Vaccination in Bombay 1874-1876 - 1874-1876
Year: 1874
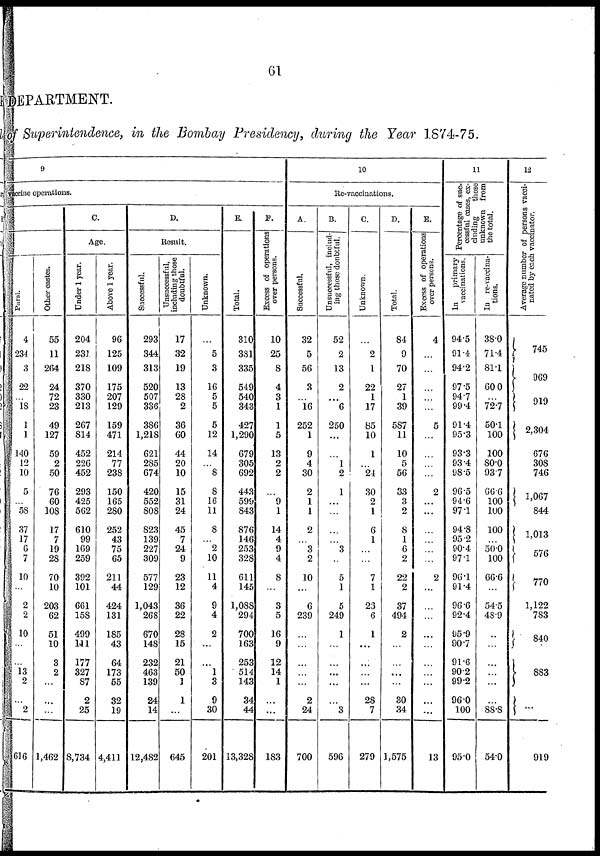
61
DEPARTMENT.
of Superintendence, in the Bombay Presidency, during the Year 1874-75.
9
vaccine operations.
Parsi.
4
234
3
22
...
18
1
1
140
12
10
5
...
58
37
17
6
7
10
...
2
2
10
...
...
13
2
...
2
616
Other castes.
55
11
264
24
72
23
49
127
59
2
50
76
60
108
17
7
19
28
70
10
203
62
51
10
3
2
...
...
...
1,462
C.
Age.
Under 1 year.
204
231
218S
370
330
213
267
814
452
226
452
293
425
562
610
99
169
259
392
101
661
158
499
111
177
327
87
2
25
8,734
Above 1 year.
96
125
109
175
207
129
159
471
214
77
238
150
165
280
252
43
75
65
211
44
424
131
185
43
64
173
55
32
19
4,411
D.
Result.
Successful.
293
344
313
520
507
336
386
1,218
621
285
674
420
552
808
823
139
227
309
577
129
1,043
268
670
148
232
463
139
24
14
12,482
Unsuccessful,
including those
doubtful.
17
32
19
13
28
2
36
60
44
20
10
15
31
24
45
7
24
9
23
12
36
22
28
15
21
50
1
1
...
645
Unknown.
...
5
3
16
5
5
5
12
14
...
8
8
16
11
8
...
2
10
11
4
9
4
2
...
...
1
3
9
30
201
E.
Total.
310
381
335
549
540
343
427
1,290
679
305
692
443
599
843
876
146
253
328
611
145
1,088
294
700
163
253
514
143
34
44
13,328
F.
Excess of operations
over persons.
10
25
8
4
3
1
1
5
13
2
2
...
9
1
14
4
9
4
8
...
3
5
16
9
12
14
1
...
...
183
10
Re-vaccinations.
A.
Successful.
32
5
56
3
...
16
252
1
9
4
30
2
1
1
2
...
3
2
10
...
6
239
...
...
...
...
...
2
24
700
B.
Unsuccessful, includ-
ing those doubtful.
52
2
13
2
...
6
250
...
...
1
2
1
...
...
...
...
3
...
5
1
5
249
1
...
...
...
...
...
3
596
C.
Unknown.
...
2
1
22
1
17
85
10
1
...
24
30
2
1
6
1
...
...
7
1
23
6
1
...
...
...
...
28
7
279
D.
Total.
84
9
70
27
1
39
587
11
10
5
56
33
3
2
8
1
6
2
22
2
37
494
2
...
...
...
...
30
34
1,575
E.
Excess of operations
over persons.
4
...
...
...
...
...
5
...
...
...
...
2
...
...
...
...
...
...
2
...
...
...
...
...
...
...
...
...
...
13
11
Percentage of suc-
cessful cases, ex-
cluding
those
unknown from
the total.
In
primary
vaccinations.
94.5
91.4
94.2
97.5
94.7
99.4
91.4
95.3
93.3
93.4
98.5
96.5
94.6
97.1
94.8
95.2
90.4
97.1
96.1
91.4
96.6
92.4
95.9
90.7
91.6
90.2
99.2
96.0
100
95.0
In re-vaccina-
tions.
38.0
71.4
81.1
60.0
...
72.7
50.1
100
100
80.0
93.7
66.6
100
100
100
...
50.0
100
66.6
...
54.5
48.9
...
...
...
...
...
...
88.8
540
12
Average number of persons vacci-
nated by each vaccinator.
745
969
9.19
2,304
676
308
746
1,067
844
1,013
576
770
1,122
783
840
883
...
919